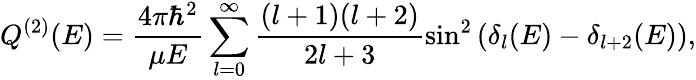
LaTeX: Q^{(2)}(E)=\frac{4\pi\hbar^{2}}{\mu E}\sum_{l=0}^{\infty}\frac{(l+1)(l+2)}{2l+3}\sin^{2}\left(\delta_{l}(E)-\delta_{l+2}(E)\right),